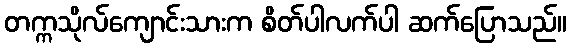
တက္ကသိုလ်ကျောင်းသားက စိတ်ပါလက်ပါ ဆက်ပြောသည်။